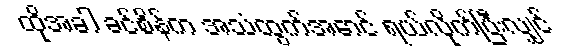
ထိုအခါ ခင်စိန်က အသံထွက်အောင် ရယ်လိုက်ပြီးလျှင်